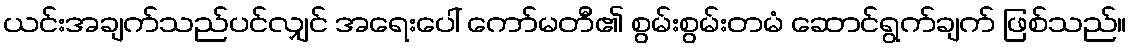
ယင်းအချက်သည်ပင်လျှင် အရေးပေါ် ကော်မတီ၏ စွမ်းစွမ်းတမံ ဆောင်ရွက်ချက် ဖြစ်သည်။